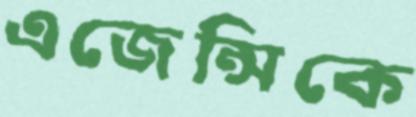
এজেন্সিকে